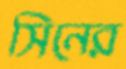
সিনের